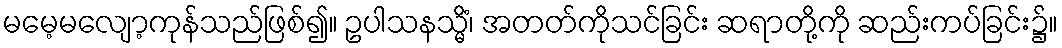
မမေ့မလျော့ကုန်သည်ဖြစ်၍။ ဥပါသနသ္မိံ၊ အတတ်ကိုသင်ခြင်း ဆရာတို့ကို ဆည်းကပ်ခြင်း၌။